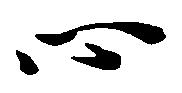
心